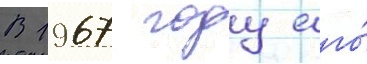
В 1967 году его́